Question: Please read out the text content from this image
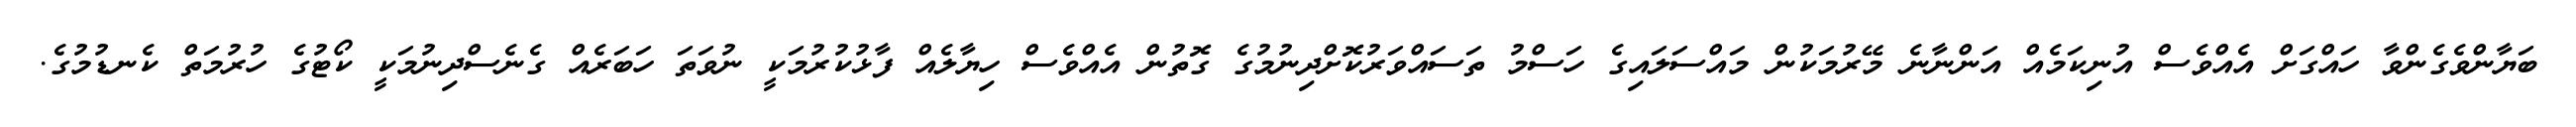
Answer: ބަޔާންވެގެންވާ ހައްގަށް އެއްވެސް އުނިކަމެއް އަންނާނެ މޭރުމަކުން މައްސަލައިގެ ހަސްމު ތަސައްވަރުކޮށްދިނުމުގެ ގޮތުން އެއްވެސް ހިޔާލެއް ފާޅުކުރުމަކީ ނުވަތަ ހަބަރެއް ގެނެސްދިނުމަކީ ކޯޓުގެ ހުރުމަތް ކެނޑުމުގެ.